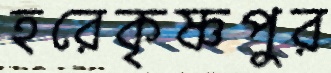
হরেকৃষ্ণপুর